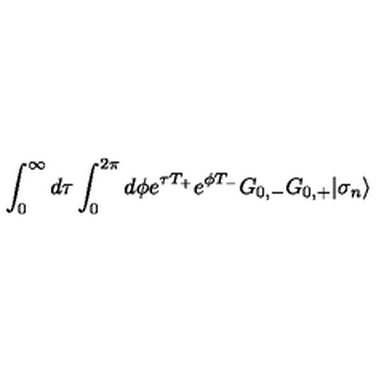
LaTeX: \int _ { 0 } ^ { \infty } d \tau \int _ { 0 } ^ { 2 \pi } d \phi { \textstyle e } ^ { \tau T _ { + } } { \textstyle e } ^ { \phi T _ { - } } G _ { 0 , - } G _ { 0 , + } | \sigma _ { n } \rangle